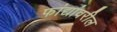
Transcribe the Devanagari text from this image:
फांद्यांवरील